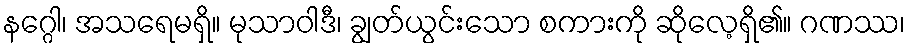
နဂ္ဂေါ၊ အသရေမရှိ။ မုသာဝါဒီ၊ ချွတ်ယွင်းသော စကားကို ဆိုလေ့ရှိ၏။ ဂဏဿ၊